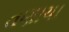
તણાયા